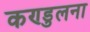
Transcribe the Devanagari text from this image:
कण्डुलना